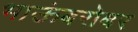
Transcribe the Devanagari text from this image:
भाऊंबरोबर